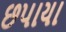
છપાયા